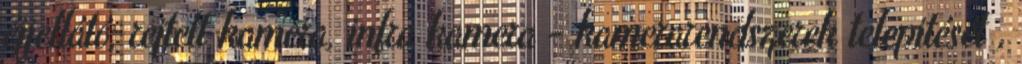
éjjellátó, rejtett kamera, infra kamera - kamerarendszerek telepitését ,